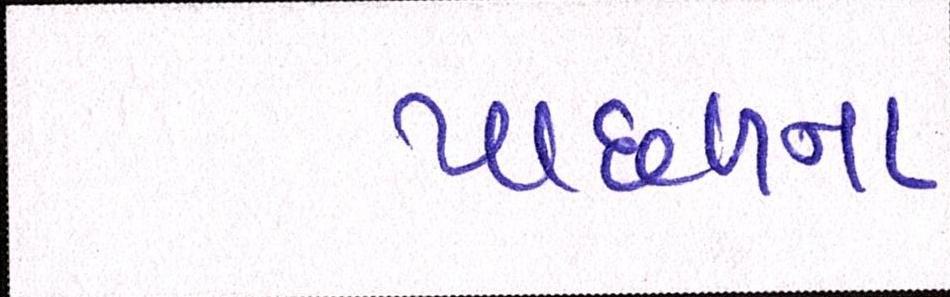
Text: પાછળના